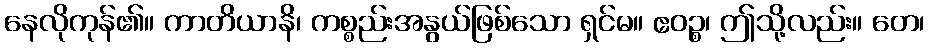
နေလိုကုန်၏။ ကာတိယာနိ၊ ကစ္စည်းအနွယ်ဖြစ်သော ရှင်မ။ ဧဝဉ္စ၊ ဤသို့လည်း။ တေ၊